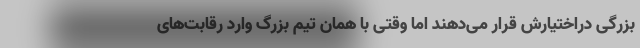
بزرگی دراختیارش قرار می‌دهند اما وقتی با همان تیم بزرگ وارد رقابت‌های